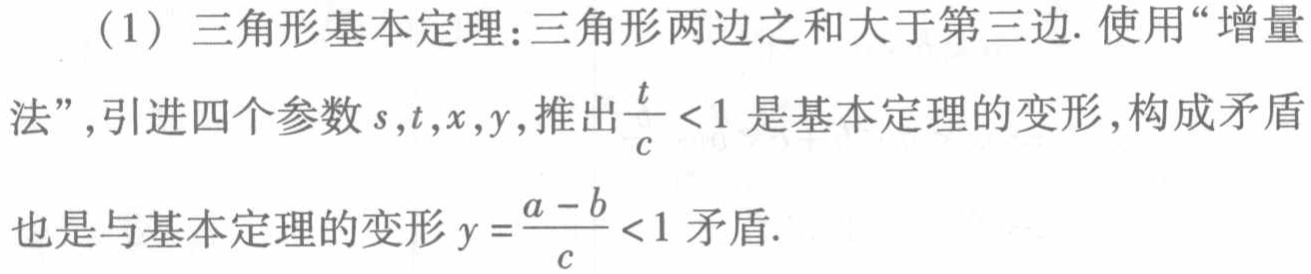
（1）三角形基本定理：三角形两边之和大于第三边. 使用“增量法”，引进四个参数\(s,t,x,y\)，推出\(\frac{t}{c} < 1\)是基本定理的变形，构成矛盾也是与基本定理的变形\(y = \frac{a - b}{c} < 1\)矛盾.